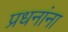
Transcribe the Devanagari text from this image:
प्रधनांना